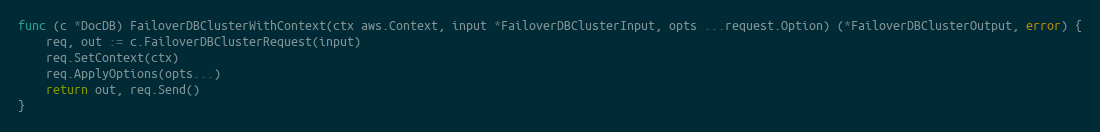
Language: Go
func (c *DocDB) FailoverDBClusterWithContext(ctx aws.Context, input *FailoverDBClusterInput, opts ...request.Option) (*FailoverDBClusterOutput, error) {
	req, out := c.FailoverDBClusterRequest(input)
	req.SetContext(ctx)
	req.ApplyOptions(opts...)
	return out, req.Send()
}